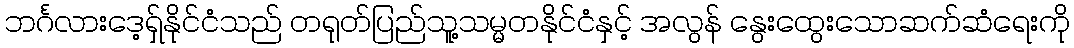
ဘင်္ဂလားဒေ့ရှ်နိုင်ငံသည် တရုတ်ပြည်သူ့သမ္မတနိုင်ငံနှင့် အလွန် နွေးထွေးသောဆက်ဆံရေးကို